Leaving Certificate, 1899
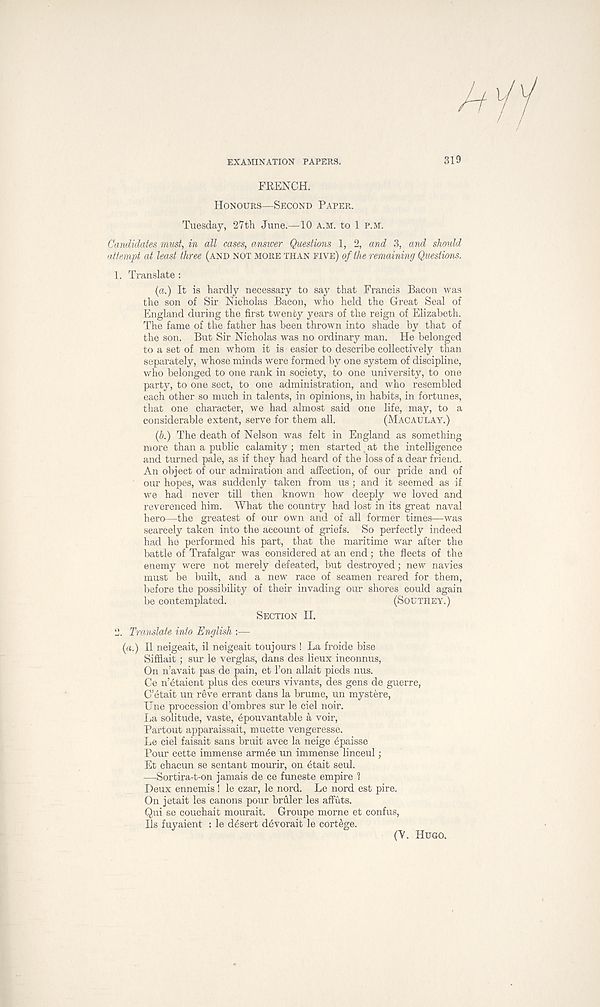
//
EXAMINATION PAPERS.
319
FRENCH.
HONOURS—SECOND PAPER.
Tuesday, 27th June.—10 A.M. to 1 P.M.
Candidates must, in all cases, answer Questions 1, 2, and 3, and should
attempt at least three (AND NOT MORE THAN FIVE) of the remaining Questions.
1. Translate :
(a.) It is hardly necessary to say that Francis Bacon was
the son of Sir Nicholas Bacon, who held the Great Seal of
England during the first twenty years of the reign of Elizabeth.
The fame of the father has been thrown into shade by that of
the son. But Sir Nicholas was no ordinary man. He belonged
to a set of men whom it is easier to describe collectively than
separately, whose minds were formed by one system of discipline,
who belonged to one rank in society, to one university, to one
party, to one sect, to one administration, and who resembled
each other so much in talents, in opinions, in habits, in fortunes,
that one character, we had almost said one life, may, to a
considerable extent, serve for them all.
(MACAULAY.)
(b.) The death of Nelson was felt in England as something
more than a public calamity; men started at the intelligence
and turned pale, as if they had heard of the loss of a dear friend.
An object of our admiration and affection, of our pride and of
our hopes, was suddenly taken from us; and it seemed as if
we had never till then known how deeply we loved and
reverenced him. What the country had lost in its great naval
hero—the greatest of our own and of all former times—was
scarcely taken into the account of griefs. So perfectly indeed
had he performed his part, that the maritime war after the
battle of Trafalgar was considered at an end; the fleets of the
enemy were not merely defeated, but destroyed; new navies
must be built, and a new race of seamen reared for them,
before the possibility of their invading our shores could again
be contemplated.
(SOUTHEY.)
SECTION II.
2. Translate into English :—
(a.) II neigeait, il neigeait toujours ! La froide bise
Sifflait; sur le verglas, dans des lieux inconnus,
On n’avait pas de pain, et Ton allait pieds nus.
Ce n’etaient plus des coeurs vivants, des gens de guerre,
C’6tait un reve errant dans la brume, un mystere,
Une procession d’ombres sur le ciel noir.
La solitude, vaste, 6pouvantable a voir,
Partout apparaissait, muette vengeresse.
Le ciel faisait sans bruit avec la neige epaisse
Pour cette immense arm6e un immense linceul;
Et chacun se sentant mourir, on 6tait seul.
—Sortira-t-on jamais de ce funeste empire ?
Deux ennemis ! le czar, le nord. Le nord est pire.
On jetait les canons pour bruler les affuts.
Qui se couchait mourait. Groupe morne et confus,
Ils fuyaient : le desert d6vorait le cortege.
(V. HUGO.